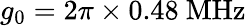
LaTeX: g_{0}=2\pi\times 0.48~\mathrm{MHz}